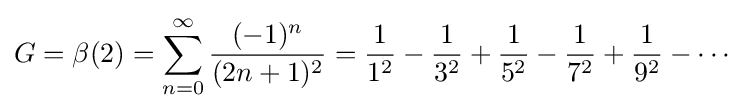
G=\beta (2)=\sum _{n=0}^{\infty }{\frac {(-1)^{n}}{(2n+1)^{2}}}={\frac {1}{1^{2}}}-{\frac {1}{3^{2}}}+{\frac {1}{5^{2}}}-{\frac {1}{7^{2}}}+{\frac {1}{9^{2}}}-\cdots